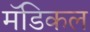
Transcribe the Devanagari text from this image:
मॅडिकल